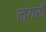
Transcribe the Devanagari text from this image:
नगरीं